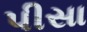
પીસા